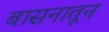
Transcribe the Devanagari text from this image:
बासनातून